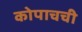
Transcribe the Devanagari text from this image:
कोपाचची